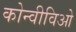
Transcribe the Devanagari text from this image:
कोन्वीविओ